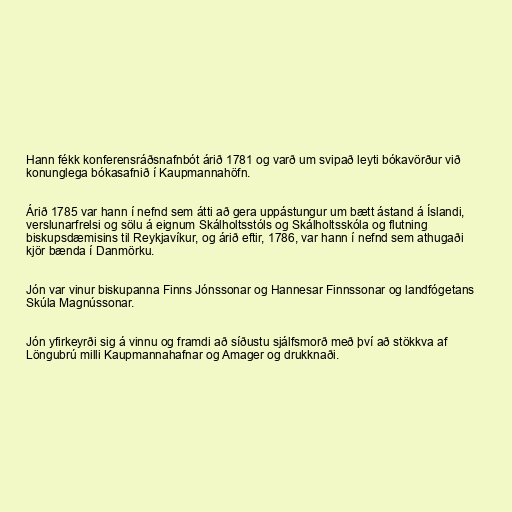
Hann fékk konferensráðsnafnbót árið 1781 og varð um svipað leyti bókavörður við
konunglega bókasafnið í Kaupmannahöfn.

Árið 1785 var hann í nefnd sem átti að gera uppástungur um bætt ástand á Íslandi,
verslunarfrelsi og sölu á eignum Skálholtsstóls og Skálholtsskóla og flutning
biskupsdæmisins til Reykjavíkur, og árið eftir, 1786, var hann í nefnd sem athugaði
kjör bænda í Danmörku.

Jón var vinur biskupanna Finns Jónssonar og Hannesar Finnssonar og landfógetans
Skúla Magnússonar.

Jón yfirkeyrði sig á vinnu og framdi að síðustu sjálfsmorð með því að stökkva af
Löngubrú milli Kaupmannahafnar og Amager og drukknaði.